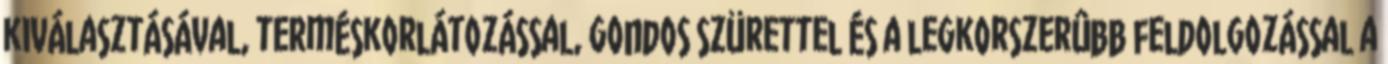
kiválasztásával, terméskorlátozással, gondos szürettel és a legkorszerûbb feldolgozással a